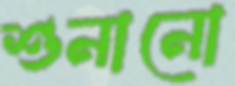
শুনানো